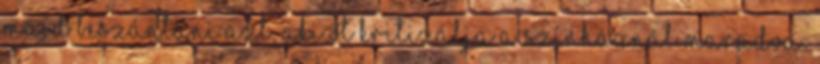
majd beszántani azt, aki őt kritizálja A színháznál maradva: